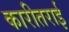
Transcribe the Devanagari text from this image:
कारीतराई